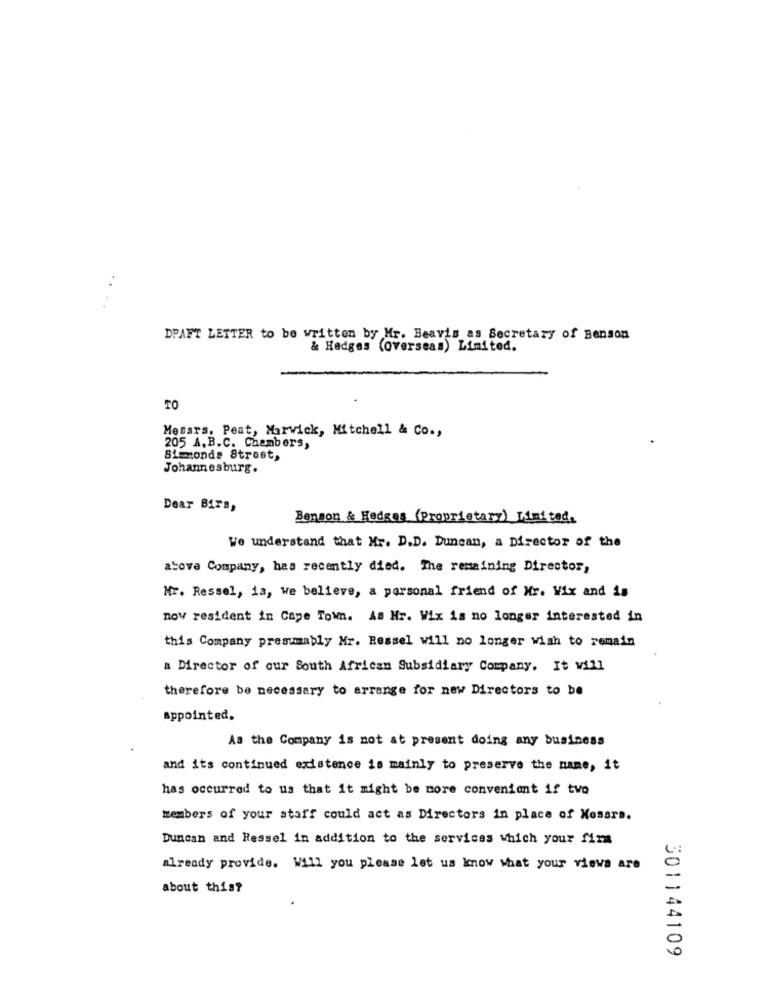
DPAFT LETTER to be written by Mr. Beavis as Secretary of Benson
& Hedges (overseas) Limited.
TO
Messrs. Peat, Marwick, Mitchell & Co .,
205 A. B.C. Chambers,
Simmonds Street,
Johannesburg.
Dear BirS,
Benson & Hedges (Proprietary) Limited.
We understand that Mr. D.D. Duncan, a Director of the
abova Company, has recently died. The remaining Director,
Mr. Ressel, is, we believe, a personal friend of Mr. Wix and is
now resident in Cape Town. As Hr. Wix is no longer interested in
this Company presumably Mr. Ressel will no longer wish to remain
a Director of our South African Subsidiary Company. It will
therefore be necessary to arrange for new Directors to be
appointed.
As the Company is not at present doing any business
and its continued existence is mainly to preserve the name, it
has occurred to us that it might be more convenient if two
members of your staff could act as Directors in place of Kosars.
Duncan and Ressel in addition to the services which your fixa
already provide. Will you please let us know what your views are
about this?
301144109